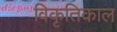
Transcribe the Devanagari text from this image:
विकृतिकाल